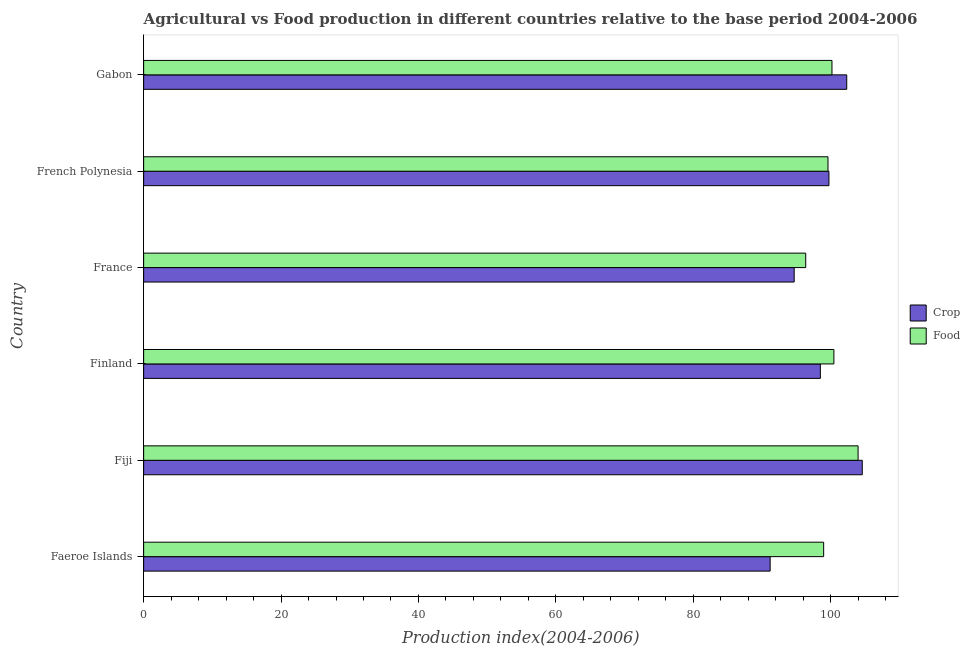
| Country | Crop | Food |
 | --- | --- | --- |
 | Faeroe Islands | 91.2 | 99 |
 | Fiji | 105 | 104 |
 | Finland | 98.5 | 100 |
 | France | 94.7 | 96.4 |
 | French Polynesia | 99.8 | 99.6 |
 | Gabon | 102 | 100 |